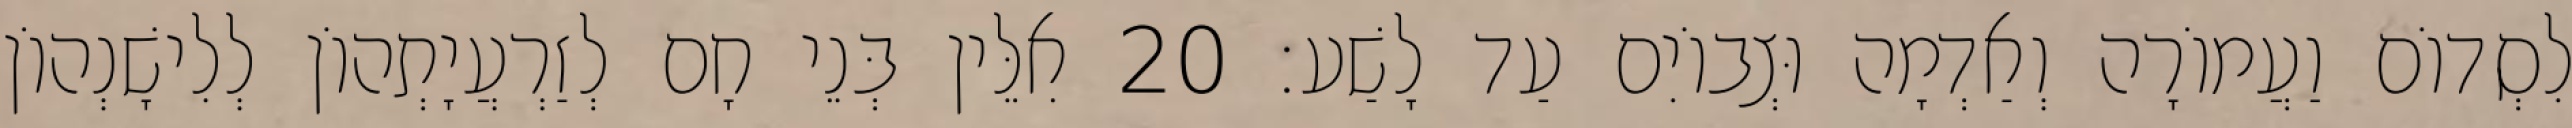
לִסְדוֹם וַעֲמוֹרָה וְאַדְמָה וּצְבוֹיִם עַד לָשַׁע׃ 20 אִלֵּין בְּנֵי חָם לְזַרְעֲיָתְהוֹן לְלִישָׁנְהוֹן